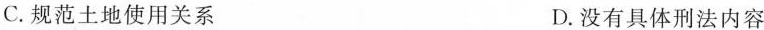
C. 规范土地使用关系 D. 没有具体刑法内容